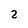
Character: 2